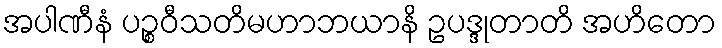
အပါဏီနံ ပဉ္စဝီသတိမဟာဘယာနိ ဥပဒ္ဒုတာတိ အဟိတော